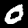
Label: 0